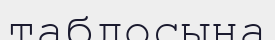
таблосына